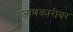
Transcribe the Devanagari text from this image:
जाणकारीवर